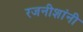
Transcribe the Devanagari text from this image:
रजनीशांनी